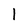
Character: 1